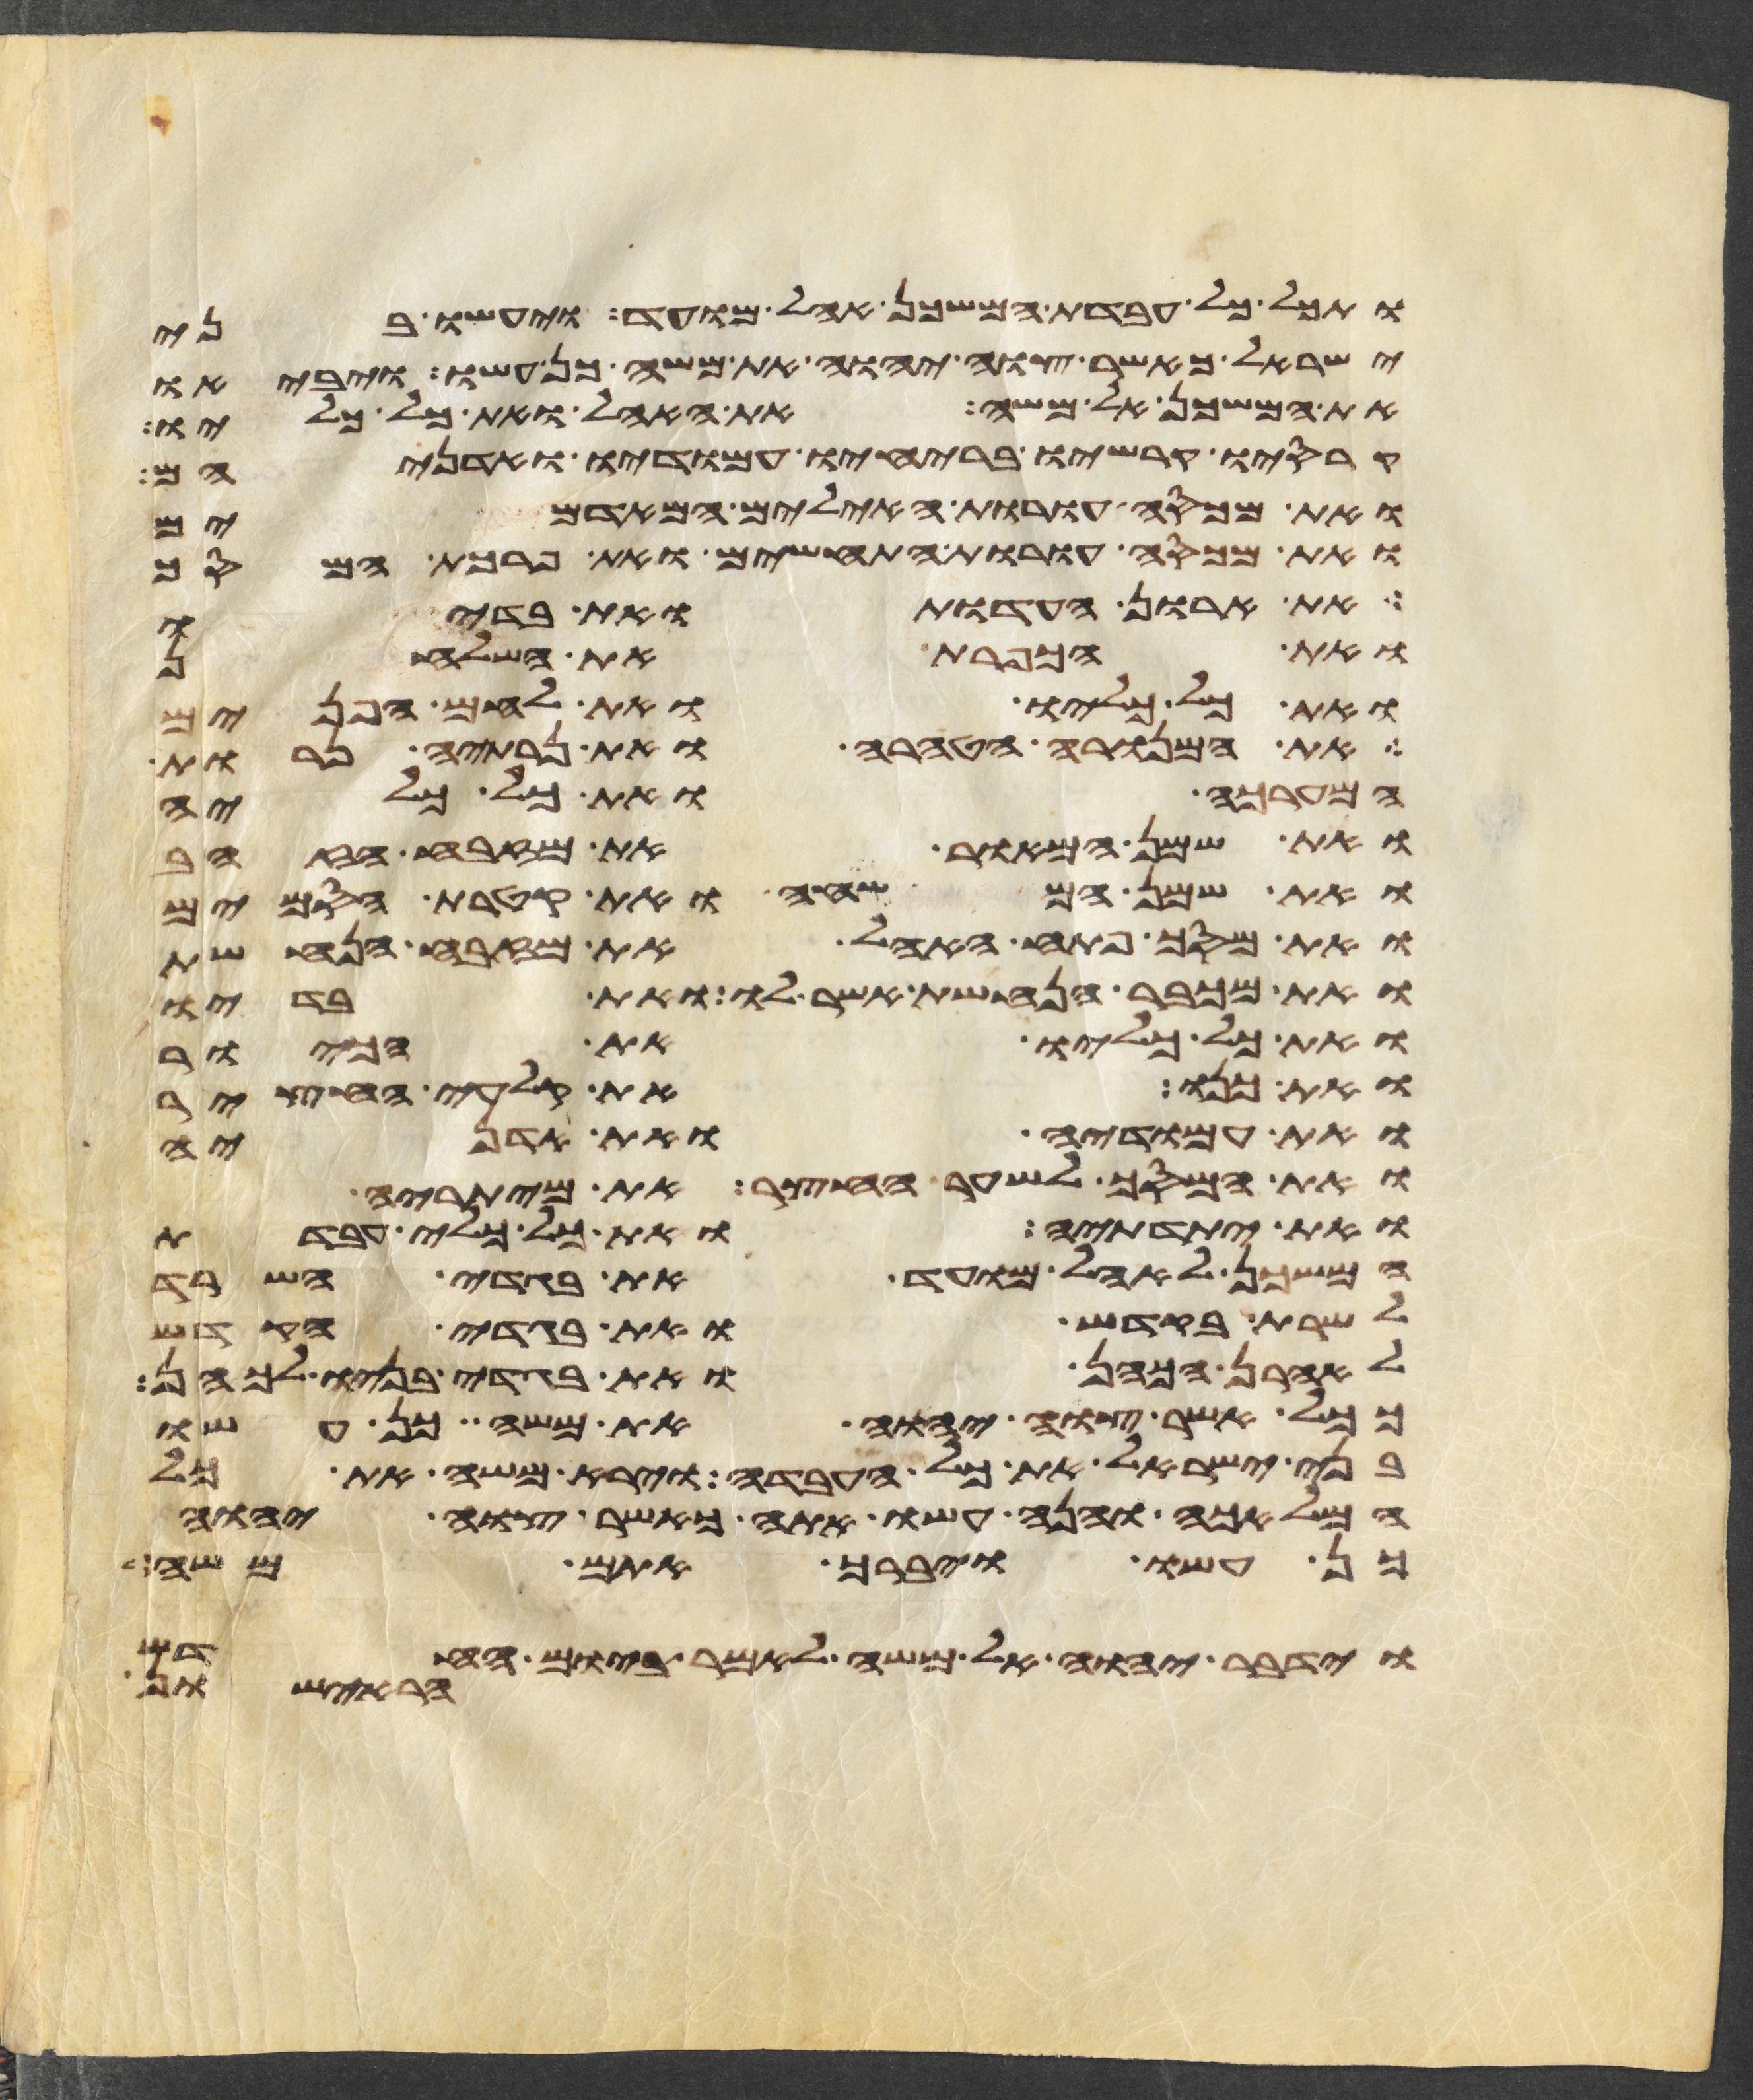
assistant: ותכל כל עבדת המשכן אהל מועד ויעשו בני
ישראל כאשר צוה יהוה את משה כן עשו ויביאו
את המשכן אל משה את האהל ואת כל כליו
קרסיו קרשיו בריחיו עמודיו ואדניהם
ואת מכסה עורת האילים המאדמים
ואת מכסה עורת התחשים ואת פרכת המסך
את ארון העדות ואת בדיו
ואת הכפרת את השלחן
ואת כל כליו ואת לחם הפנים
את המנורה הטהרה ואת נרתיה נרות
המערכה ואת כל כליה
ואת שמן המאור את מזבח הזהב
ואת שמן המשחה ואת קטרת הסמים
ואת מסך פתח האהל ואת מזבח הנחשת
ואת מכבר הנחשת אשר לו ואת בדיו
ואת כל כליו את הכיור
ואת כנו את קלעי החצר
ואת עמודיה ואת אדניה
ואת המסך לשער החצר את מיתריה
ואת יתדתיה ואת כל כלי עבדת
המשכן לאהל מועד את בגדי השרד
לשרת בקדש ואת בגדי הקדש
לאהרן הכהן ואת בגדי בניו לכהן
ככל אשר צוה יהוה את משה כן עשו
בני ישראל את כל העבדה וירא משה את כל
המלאכה והנה עשו אתה כאשר צוה יהוה
כן עשו ויברך אתם משה
וידבר יהוה אל משה לאמר ביום החדש
הראישון